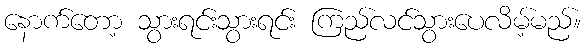
နောက်တော့ သွားရင်းသွားရင်း ကြည်လင်သွားပေလိမ့်မည်။